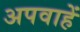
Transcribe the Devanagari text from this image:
अपवाहें